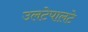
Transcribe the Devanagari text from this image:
उलटेपालटे